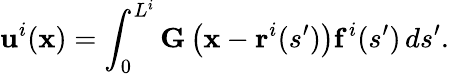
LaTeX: \mathbf{u}^{i}(\mathbf{x})=\int_{0}^{L^{i}}\mathbf{G}\left(\mathbf{x}-\mathbf{r}^{i}(s^{\prime})\right)\mathbf{f}^{i}(s^{\prime})\, ds^{\prime}.